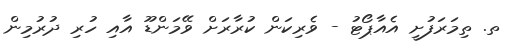
ތ. ތިމަރަފުށީ އެއާޕޯޓު - ވެރިކަން ކުރާރަށް ވޭމަންޑޫ އާއި ހުރި ދުރުމިން